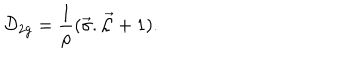
{ \cal D } _ { 2 g } = \frac { 1 } { \rho } ( \vec { \sigma } . \vec { \cal L } + 1 ) .